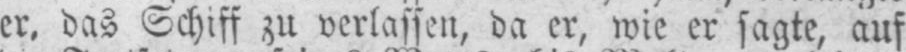
er‚ das Schiff zu verlassen, da er, wie er sagte, auf